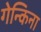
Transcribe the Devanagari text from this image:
गेन्किना